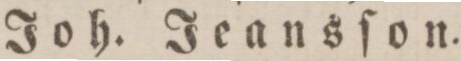
Joh. Jeansſon.